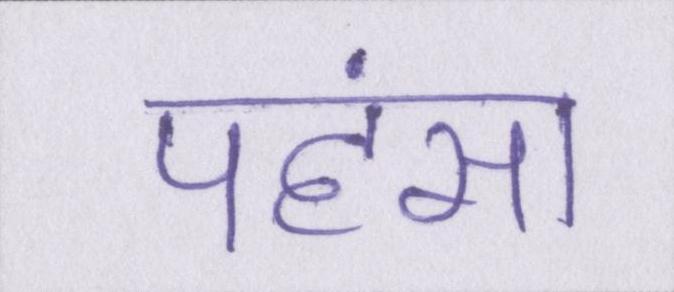
पहंसा